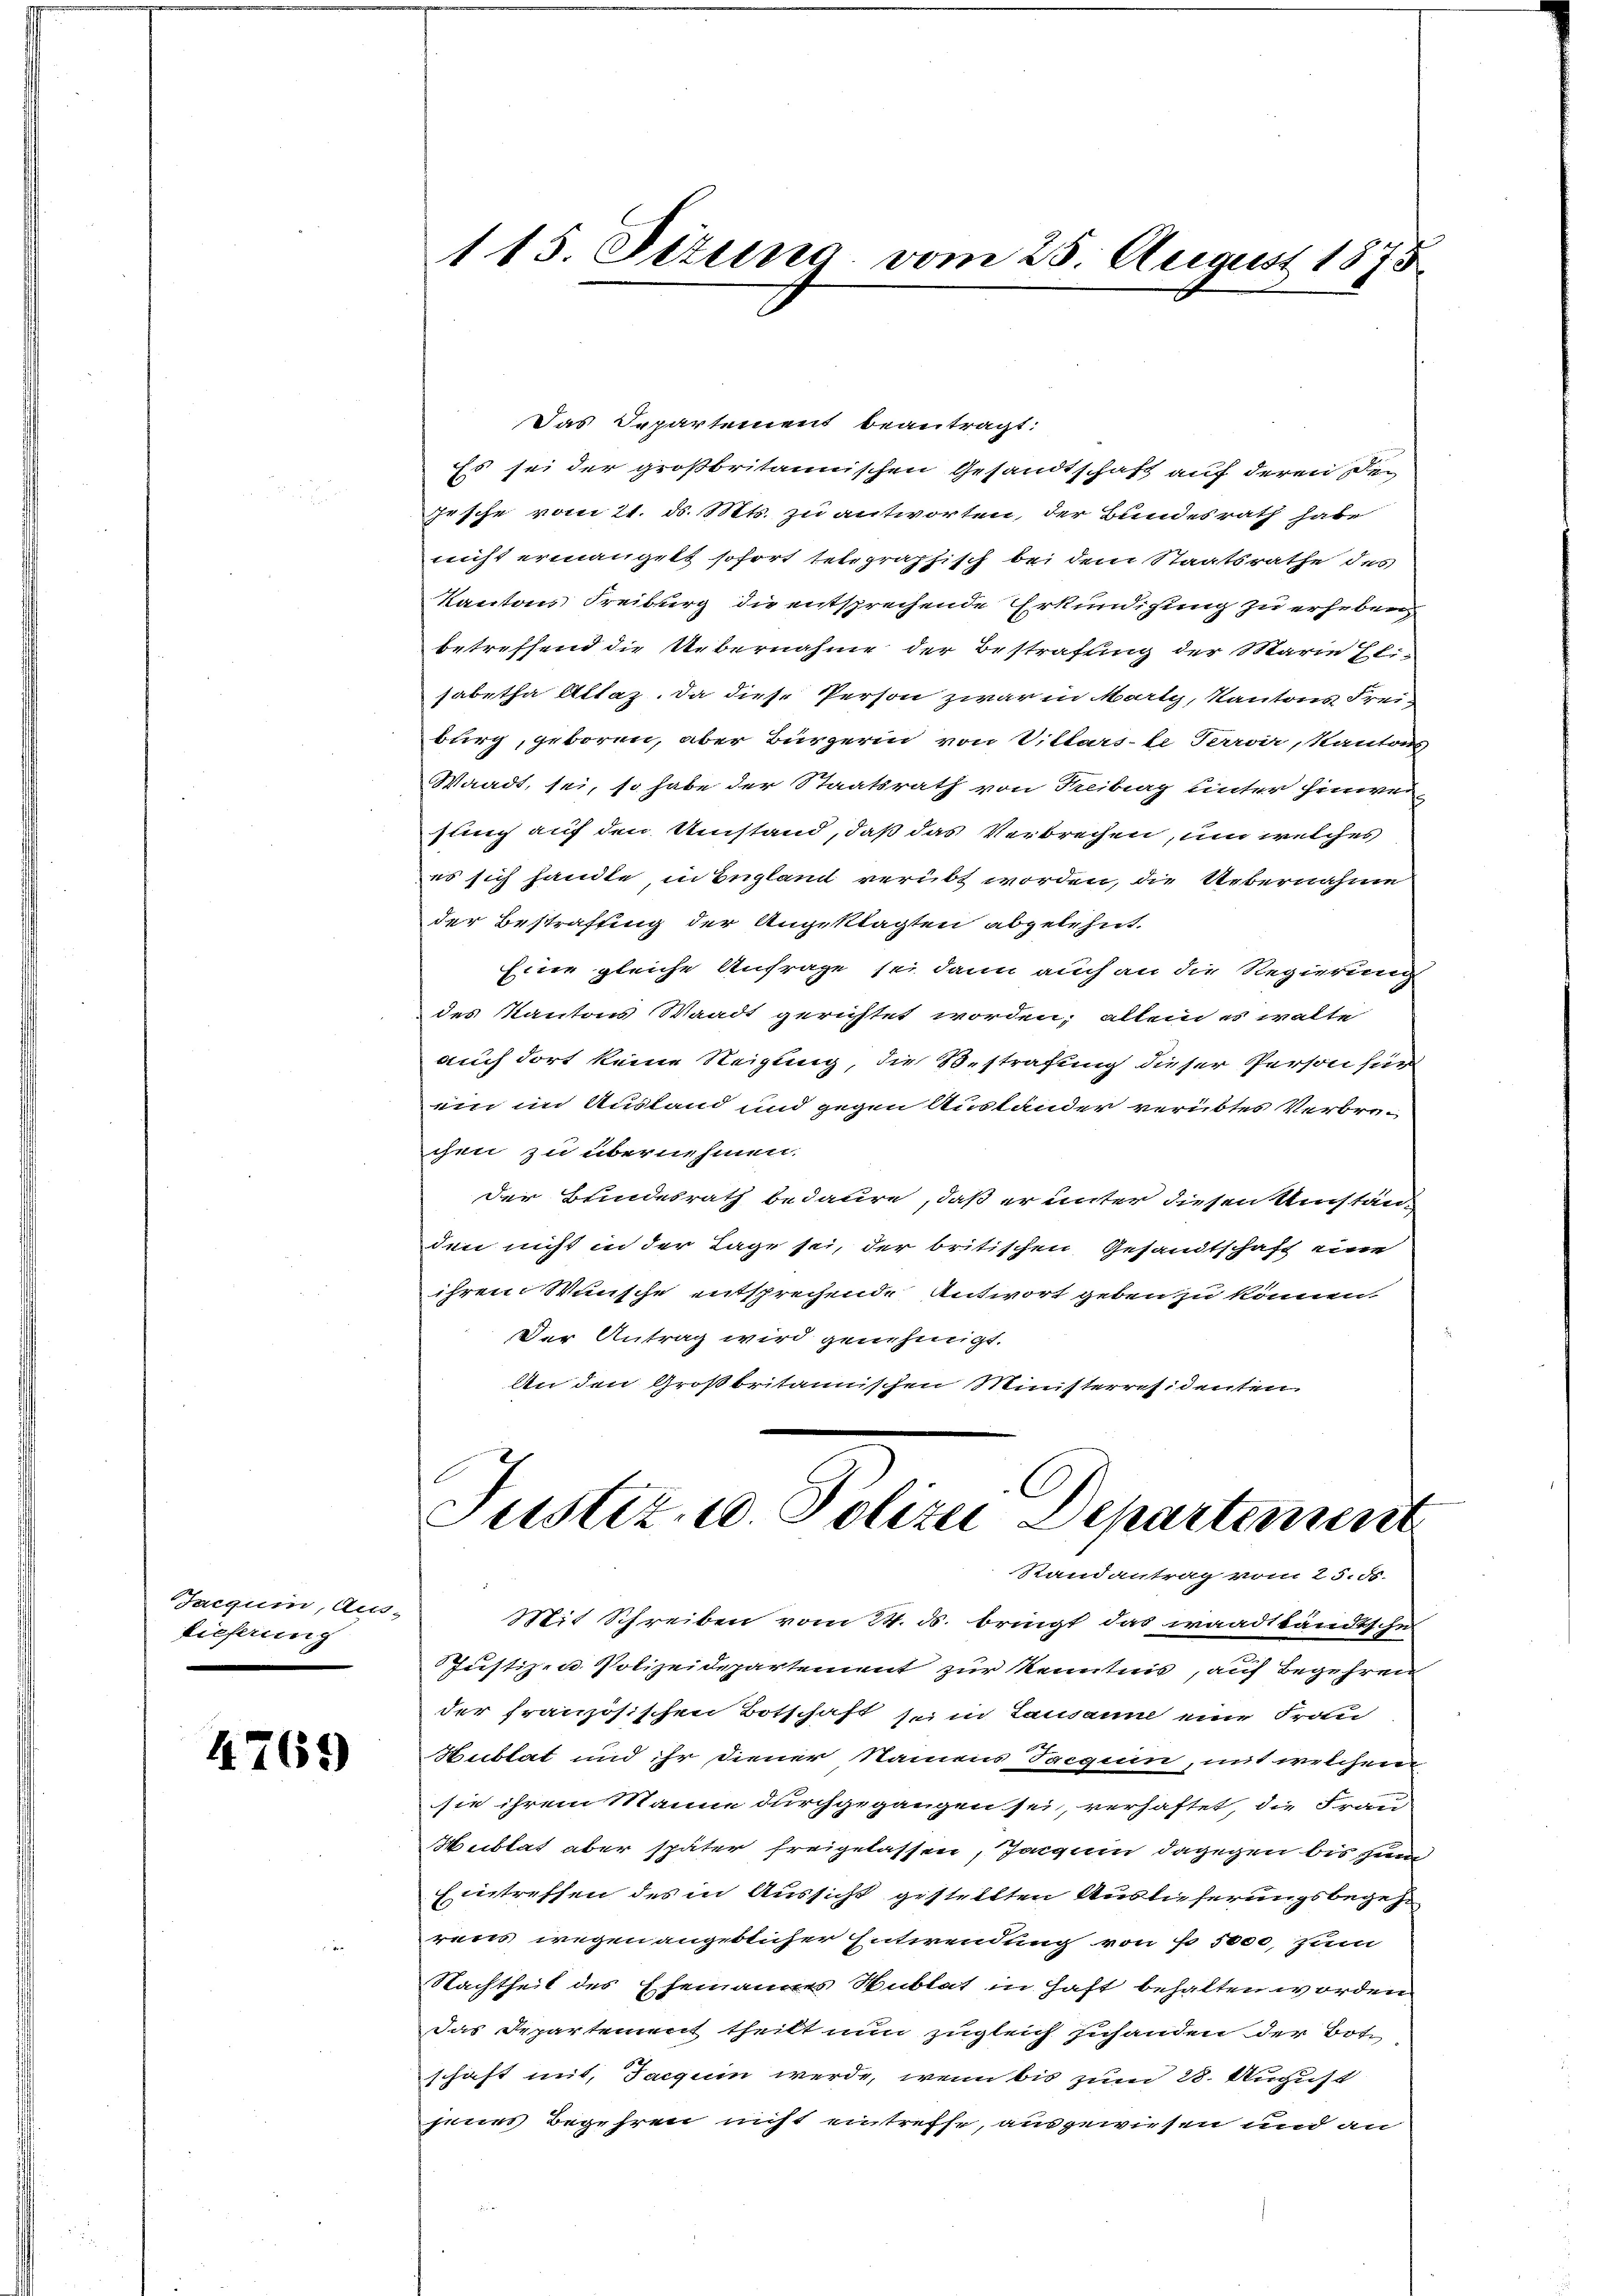
Jaegum, Austieferung

4765

115. Jezunc vom 25. August 1875

Das Departement beantragt:
Es sei der großbritannischen Gesandtschaft auf deren Den
Gesche vom 21. ds. Mts. zu antworten, der Bundesrath habe
nicht ermangelt sofort telegraphisch bei dem Staatsrathe des
Kantons Freiburg die entsprechende Erkundigung zu erheben
betreffend die Uebernahme der Bestrafung der Marie Eli-
sabetha Altaz. Da diese Person zwar in Marty, Kantons Frei-
burg, geboren, aber Bürgerin von Villarste Perroir, Kanton
Waadt, sei, so habe der Staatsrath von Freiberg unter hinweisung auf den Umstand, daß das Verbrechen, um welches
es sich handte, in Begland verübt worden, die Uebernahme
der Bestrafung der Angeklagten abgelehnt.
Eine gleiche Anfrage sei dann auch an die Regierung
des Kantons Waadt gerichtet worden; allein es walte
auch dort keine Neigung, die Bestrafung dieser Person für
in im Austand und gegen Austander verübtes Verbrechen zu übernehmen.
der Bundesrath bedaure, daß er unter diesen Umstän-
den nicht in der Tage sei, der britischen Gesandtschaft eine
ihrem Wunsche entsprechende Antwort geben zu können.
Der Antrag wird genehmigt.
An den Großbritannischen Ministerresidenten

C
Justiz, u. Polizei Departement
Randantrag vom 25. St.

Mit Schreiben vom 24. ds. bringt das waadständische
Justizen Polizeidepartement zur Kenntnis, auf Begehren
der französischen Botschaft sein Lausanne eine Frau
Hublat und ihr diener Namens Tacquin, mit welchem
sie ihrem Manne durchgegangen sei, verhaftet, die Frau
Hublat aber später freigelassen, Jacgum dagegen bis zum
Eintreffen des in Aussicht gestellten Auslieferungsbegehrens wegen angeblicher Entwendung von so 1000 zum
Nachtheit des Ehemannes Sublat in Haft behalten worden
das Departement theilt nun zugleich zuhanden der Bote
schaft mit, Jacquin werde, wenn bis zum 28. August
jenes Begehren nicht eintreffe, ausgewiesen und an
e